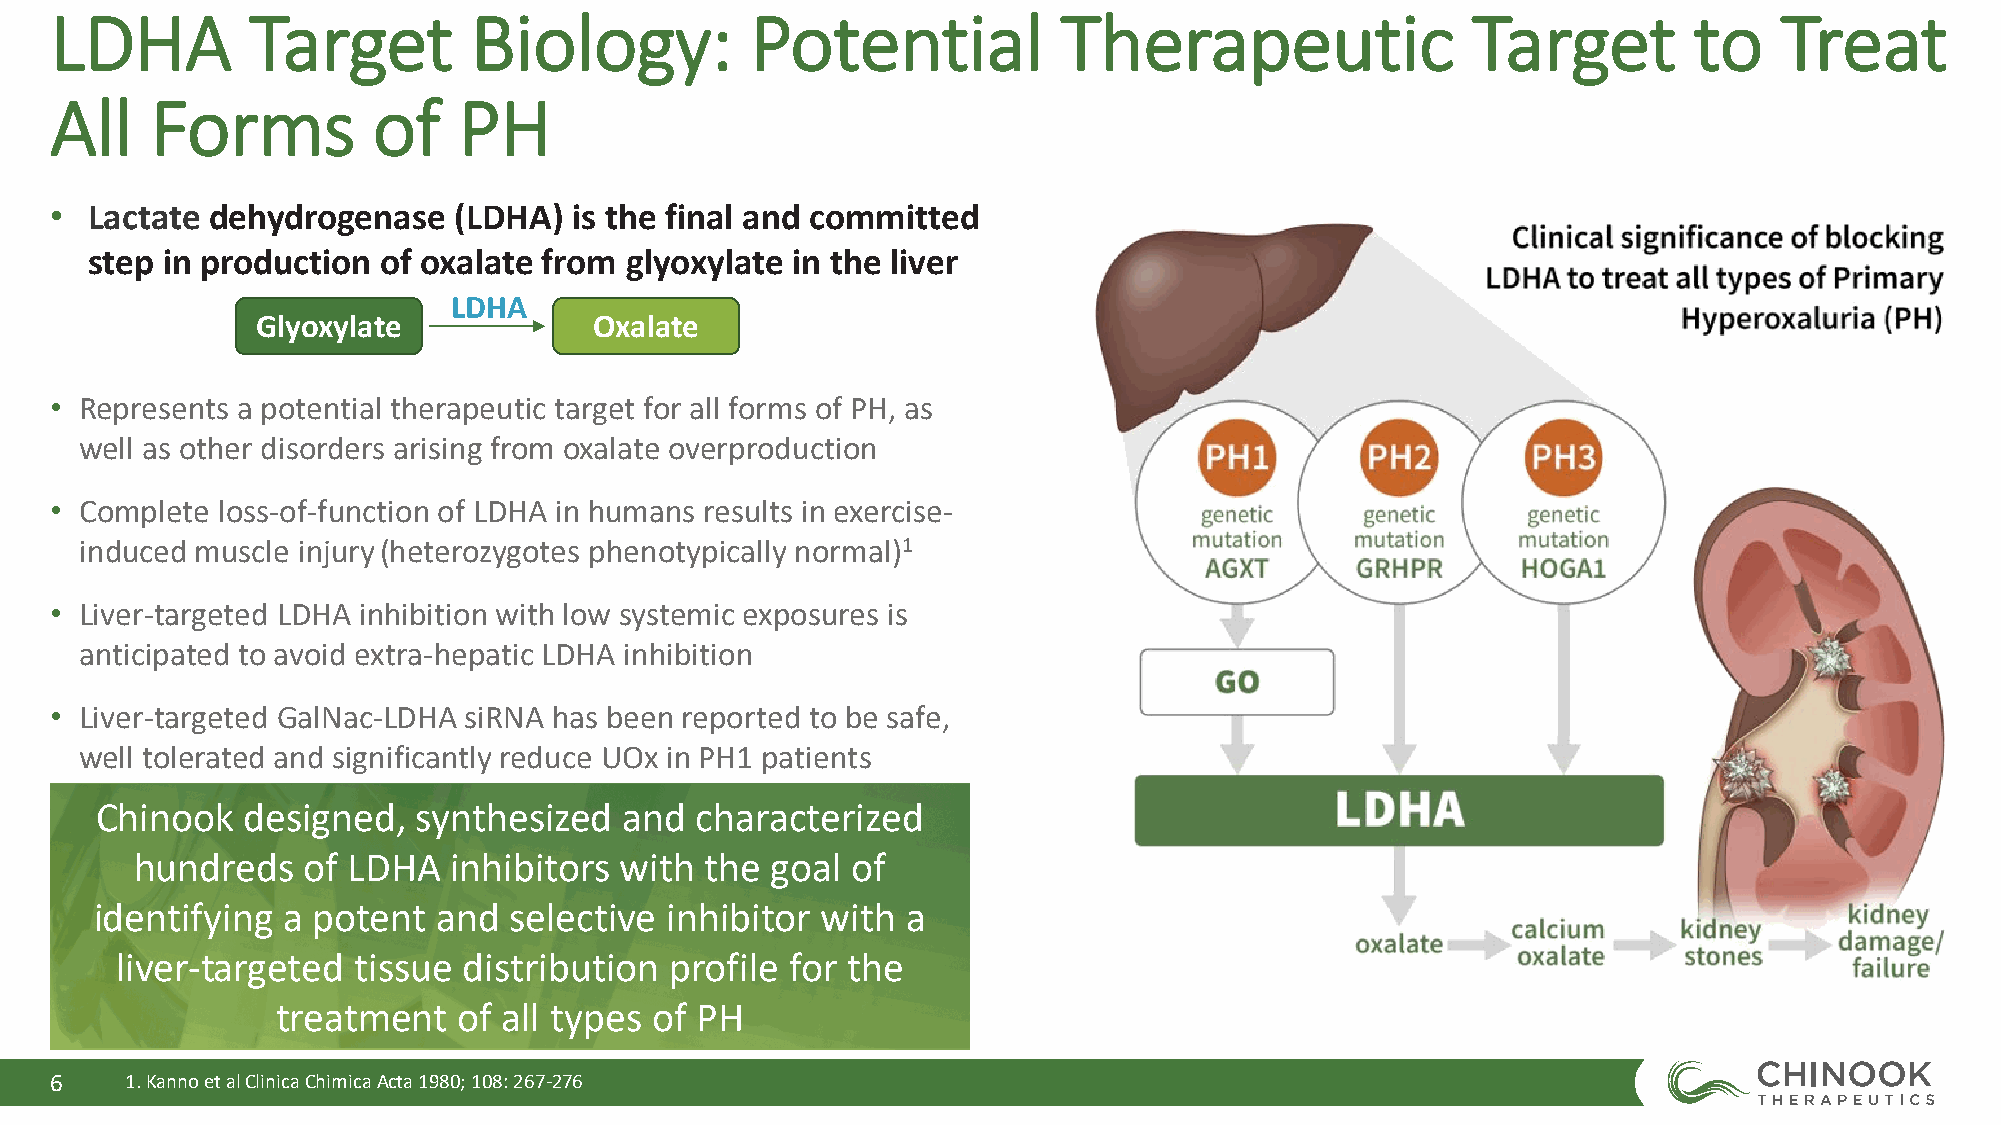
LDHA          Target        Biology:           Potential           Therapeutic                Target         to    Treat
 All    Forms          of   PH
 •  Lactate dehydrogenase   (LDHA)  is the final and committed
 step in production of oxalate from glyoxylate in the liver
 LDHA
 Glyoxylate            Oxalate
 • Represents a potential therapeutic target for all forms of PH, as
 well as other disorders arising from oxalate overproduction
 • Complete loss-of-function of LDHA in humans results in exercise-
 induced muscle injury(heterozygotes phenotypically normal)1
 • Liver-targeted LDHA inhibition with low systemic exposures is
 anticipated to avoid extra-hepatic LDHA inhibition
 • Liver-targeted GalNac-LDHA siRNA has been reported to be safe,
 well tolerated and significantly reduce UOx in PH1 patients
 Chinook   designed,   synthesized  and  characterized
 hundreds   of LDHA   inhibitors with  the goal of
 identifying  a potent  and  selective inhibitor with  a
 liver-targeted tissue  distribution profile for the
 treatment   of all types of PH
 6    1. Kannoet al ClinicaChimicaActa 1980; 108: 267-276